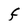
Character: F